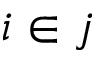
i \in j